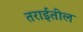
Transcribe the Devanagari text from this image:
तराईतील